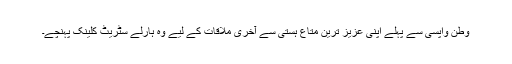
وطن واپسی سے پہلے اپنی عزیز ترین متاعِ ہستی سے آخری ملاقات کے لیے وہ ہارلے سٹریٹ کلینک پہنچے۔